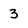
Character: 3